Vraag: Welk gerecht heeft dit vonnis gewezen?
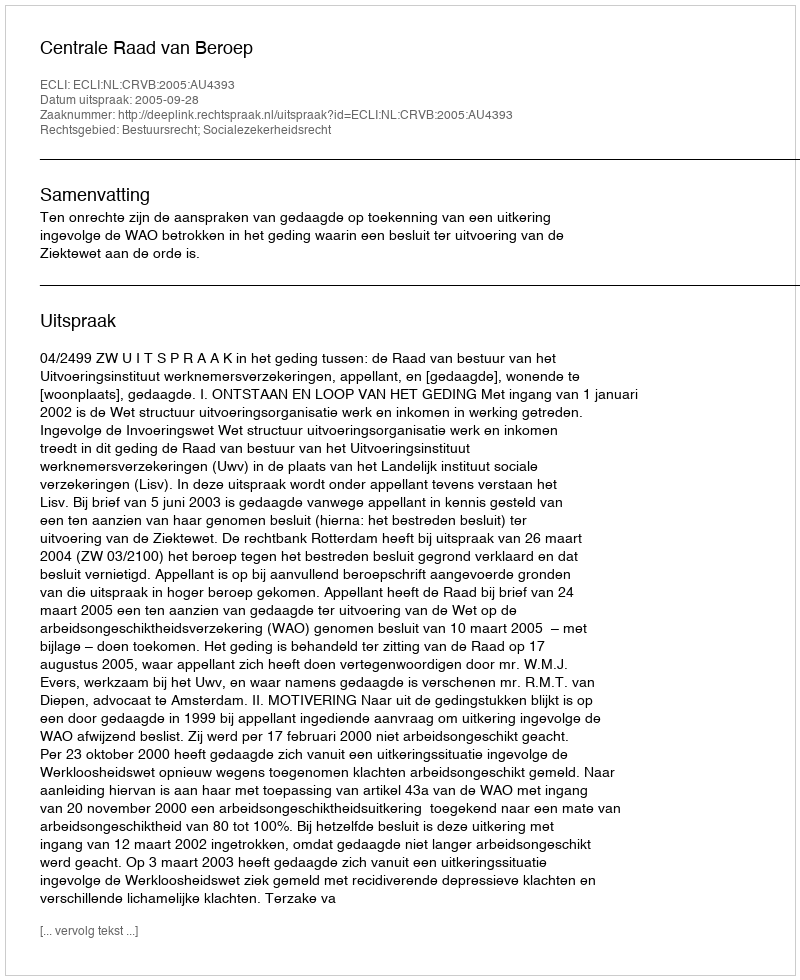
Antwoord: Centrale Raad van Beroep